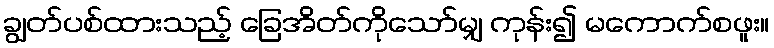
ချွတ်ပစ်ထားသည့် ခြေအိတ်ကိုသော်မျှ ကုန်း၍ မကောက်စဖူး။